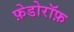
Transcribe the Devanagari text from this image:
फ़ेडोरॉफ़